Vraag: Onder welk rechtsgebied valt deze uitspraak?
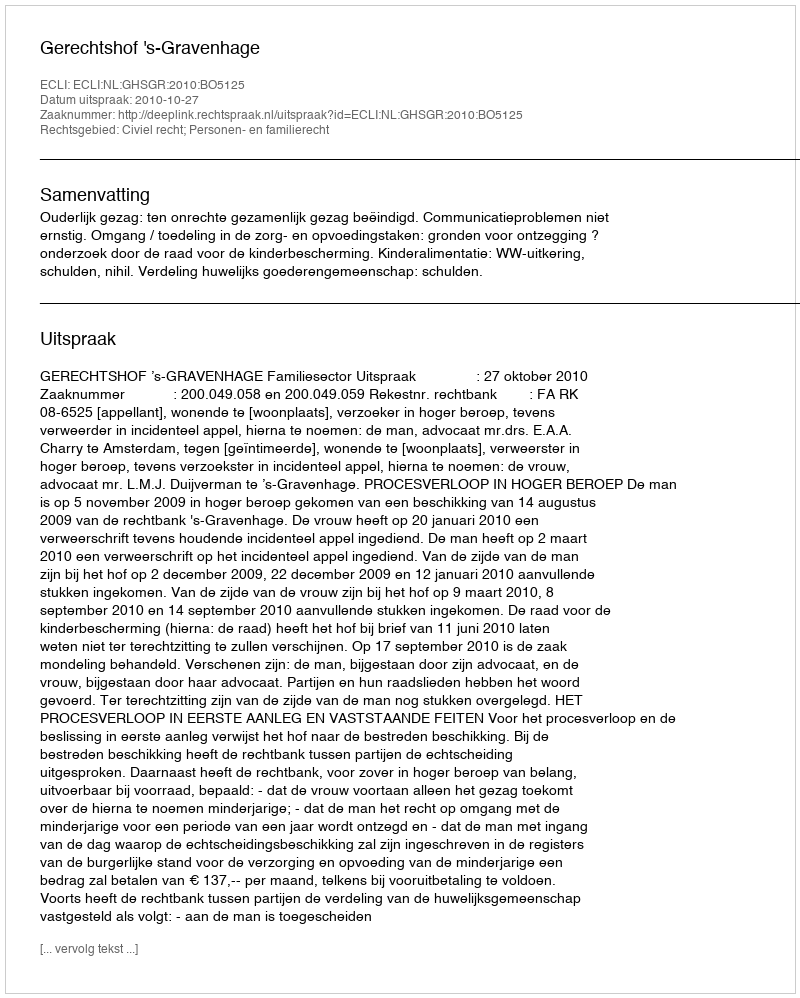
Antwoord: Civiel recht; Personen- en familierecht